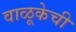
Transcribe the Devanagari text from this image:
वाळूकेची